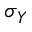
\sigma _ { Y }